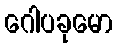
ဂေါပခုမော